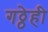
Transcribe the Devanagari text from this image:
गठ्ठेही